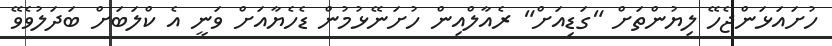
ހުށައަޅަންޖެހޭ ލިޔުންތަށް "ގަޑިއަށް" ރެއާލްއިން ހުށަނޭޅުމުން ޑެހެޔާއަށް ވަނީ އެ ކްލަބަށް ބަދަލުވެވޭ